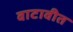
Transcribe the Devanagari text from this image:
वाटावीत